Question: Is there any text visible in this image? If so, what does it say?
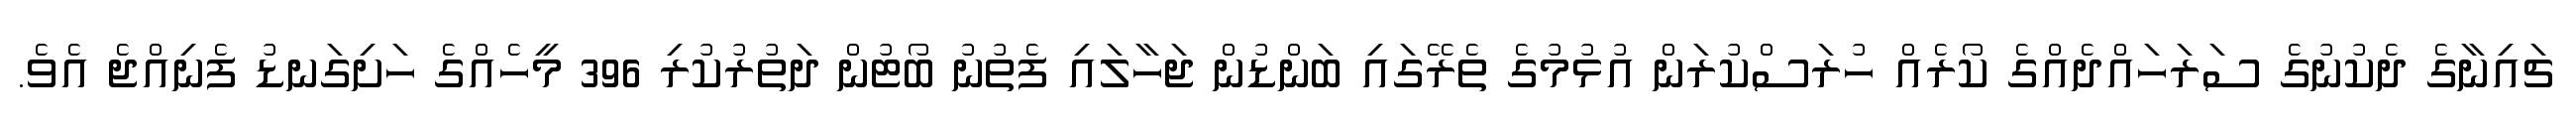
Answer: ޗައިނާގެ ދެކުނުގެ ސަރަހައްދެއްގެ ކޯރެއް ހުރަސްކުރަން އުޅުމުގެ ތެރޭގައި ބަންޑުން ޖަހާލައި ފެތުނު ބޯޓުން ދަތުރުކުރި 396 މީހެއްގެ ހަށިގަނޑު ފެނިއްޖެ އެވެ.